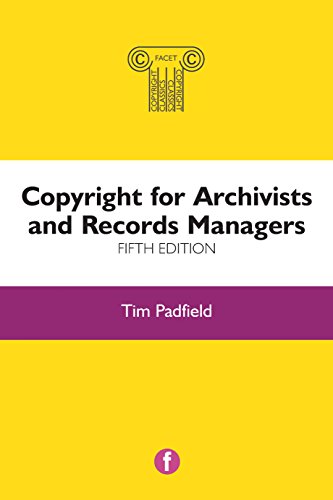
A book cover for Copyright for Archivists and Records Managers; Tim Padfield; Law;